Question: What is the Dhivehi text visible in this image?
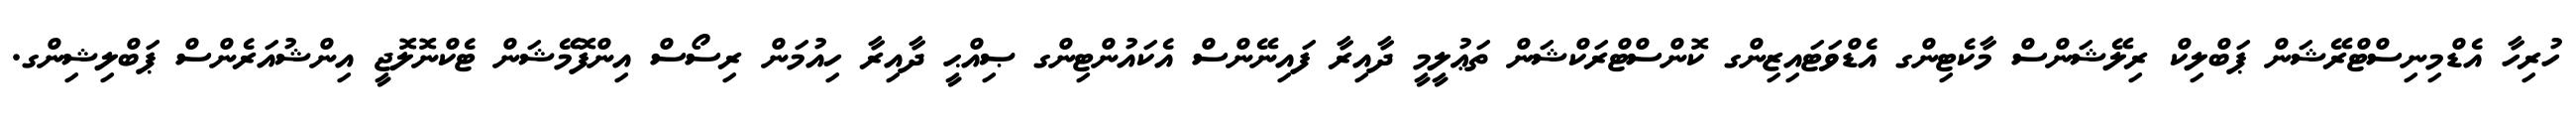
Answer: ހުރިހާ އެޑްމިނިސްޓްރޭޝަން ޕަބްލިކް ރިލޭޝަންސް މާކެޓިންގ އެޑްވަޓައިޒިންގ ކޮންސްޓްރަކްޝަން ތަޢުލީމީ ދާއިރާ ފައިނޭންސް އެކައުންޓިންގ ޞިއްޙީ ދާއިރާ ހިއުމަން ރިސޯސް އިންފޮމޭޝަން ޓެކްނޮލޮޖީ އިންޝުއަރެންސް ޕަބްލިޝިންގ.